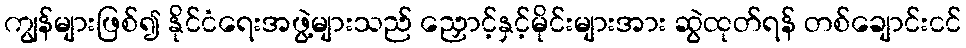
ကျွန်များဖြစ်၍ နိုင်ငံရေးအဖွဲ့များသည် ညှောင့်နှင့်မိုင်းများအား ဆွဲထုတ်ရန် တစ်ချောင်းငင်